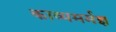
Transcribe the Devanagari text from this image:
काव्यमर्मज्ञ